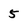
Character: 5